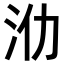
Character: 𣲒